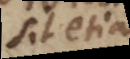
sit etiam